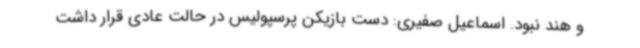
و هند نبود. اسماعیل صفیری: دست بازیکن پرسپولیس در حالت عادی قرار داشت